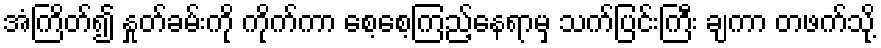
အံကြိတ်၍ နှုတ်ခမ်းကို ကိုက်ကာ စေ့စေ့ကြည့်နေရာမှ သက်ပြင်းကြီး ချကာ တဖက်သို့